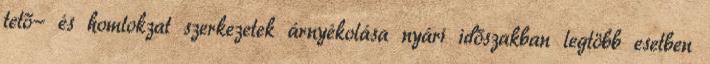
tető- és homlokzat szerkezetek árnyékolása nyári időszakban legtöbb esetben